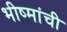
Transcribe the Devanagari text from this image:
भीष्मांची